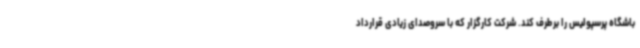
باشگاه پرسپولیس را برطرف کند. شرکت کارگزار که با سروصدای زیادی قرارداد